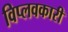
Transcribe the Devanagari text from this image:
विप्लवकारी